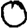
Digit: 0